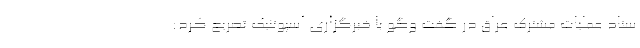
ستاد عملیات مشترک عراق در گفت وگو با خبرگزاری اسپوتنیک تصریح کرد: